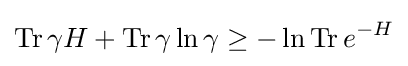
\operatorname {Tr} \gamma H+\operatorname {Tr} \gamma \ln \gamma \geq -\ln \operatorname {Tr} e^{-H}